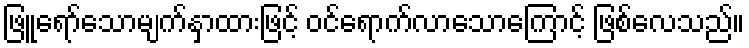
ဖြူရော်သောမျက်နှာထားဖြင့် ဝင်ရောက်လာသောကြောင့် ဖြစ်လေသည်။